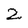
Character: 2